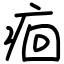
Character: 痐